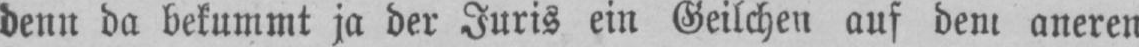
denn da bekummt ja der Juris ein Geilchen auf dem aneren